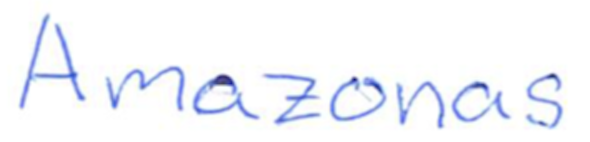
Text: Amazonas
Cross-out: clean
Writing tool: ballpoint